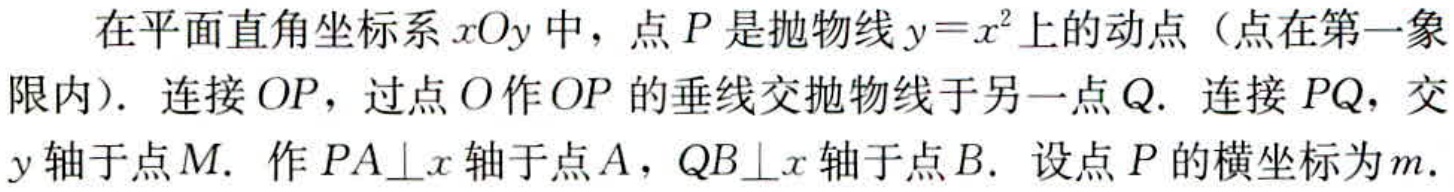
在平面直角坐标系\(xOy\)中，点\(P\)是抛物线\(y = x^{2}\)上的动点（点在第一象限内）. 连接\(OP\)，过点\(O\)作\(OP\)的垂线交抛物线于另一点\(Q\). 连接\(PQ\)，交\(y\)轴于点\(M\). 作\(PA\perp x\)轴于点\(A\)，\(QB\perp x\)轴于点\(B\). 设点\(P\)的横坐标为\(m\).